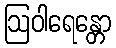
ဩဝါရေန္တော